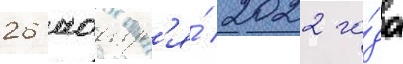
26 ноабр'я́ 2022 го́да